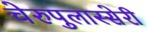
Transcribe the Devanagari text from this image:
चेरुपुलास्सेरी